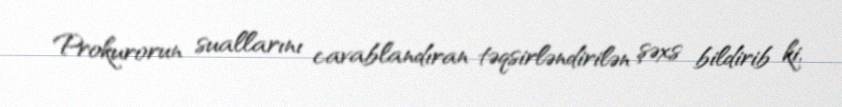
Prokurorun suallarını cavablandıran təqsirləndirilən şəxs bildirib ki,